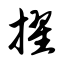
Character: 擢